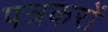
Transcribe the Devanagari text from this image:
पत्रकरों